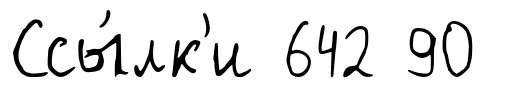
Ссы́лк'и 642 90